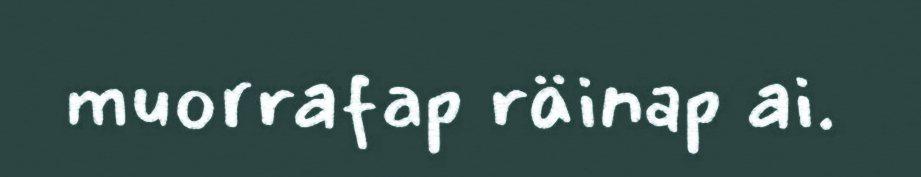
muorrafap räinap ai.